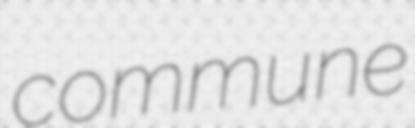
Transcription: commune